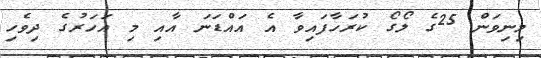
މިނިވަން 25ގެ ލޯގޯ ކުރަހާފައިވާ އެ އައްޑަނަ އާއި މި އަހަރުގެ ދިވެހި